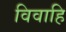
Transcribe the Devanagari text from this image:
विवाहि